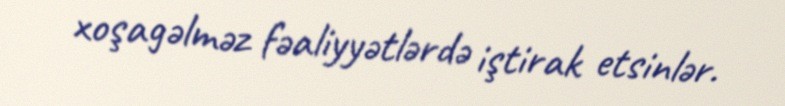
xoşagəlməz fəaliyyətlərdə iştirak etsinlər.